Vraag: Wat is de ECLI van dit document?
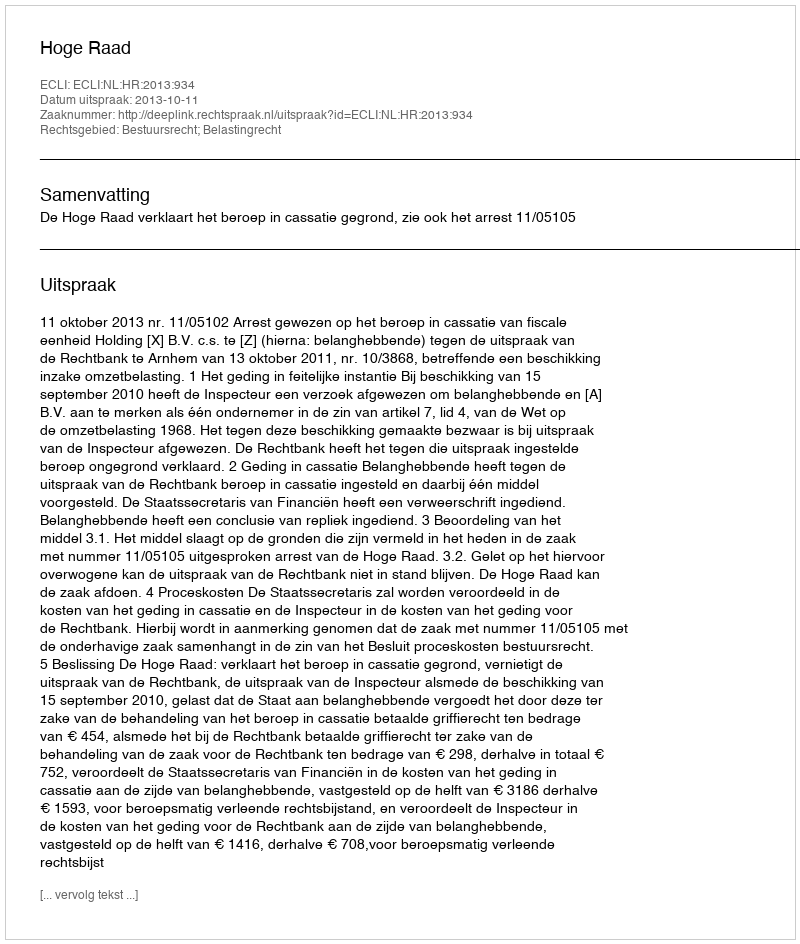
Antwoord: ECLI:NL:HR:2013:934